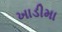
ખાડીમા